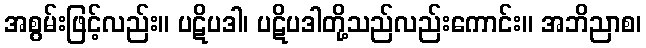
အစွမ်းဖြင့်လည်း။ ပဋိပဒါ၊ ပဋိပဒါတို့သည်လည်းကောင်း။ အဘိညာစ၊